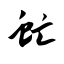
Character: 虻